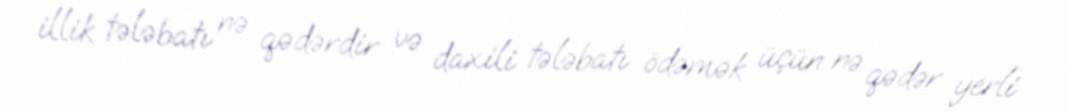
illik tələbatı nə qədərdir və daxili tələbatı ödəmək üçün nə qədər yerli